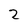
Character: 2